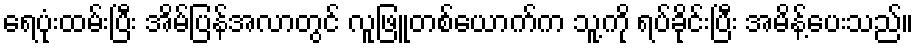
ရေပုံးထမ်းပြီး အိမ်ပြန်အလာတွင် လူဖြူတစ်ယောက်က သူ့ကို ရပ်ခိုင်းပြီး အမိန့်ပေးသည်။